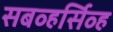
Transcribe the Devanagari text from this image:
सबव्हर्सिव्ह